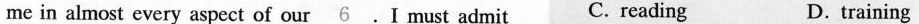
me in almost every aspect of our\underline{6}.I must admit C. Reading D.training